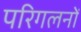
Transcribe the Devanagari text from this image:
परिगलनों